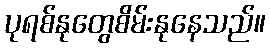
ပုရစ်နုတွေစိမ်းနုနေသည်။